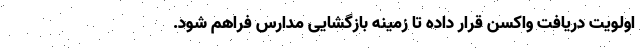
اولویت دریافت واکسن قرار داده تا زمینه بازگشایی مدارس فراهم شود.